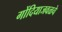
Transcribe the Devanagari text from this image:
गोंदियाजवळचे